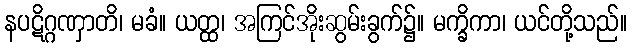
နပဋိဂ္ဂဏှာတိ၊ မခံ။ ယတ္ထ၊ အကြင်အိုးဆွမ်းခွက်၌။ မက္ခိကာ၊ ယင်တို့သည်။